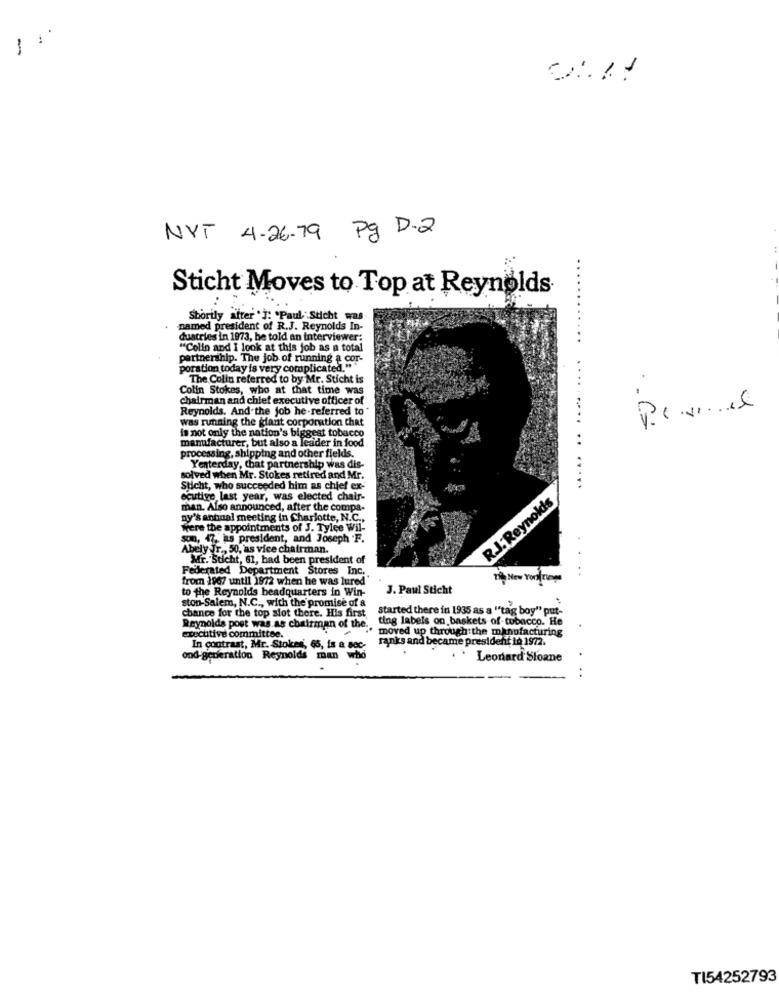
NYT 4-26-79 Pg D-2
Sticht Moves to Top at Reynolds
Shortly after "]: "Paul Sticht was
named president of R.J. Reynolds In-
dustries in 1973, he told an interviewer:
"Colin and I look at this job as a total
partnership. The job of running a cor-
poration today is very complicated.""
The Colin referred to by Mr. Sticht is
Colin Stokes, who at that time was
chairman and chief executive officer of
Reynolds. And the job he-referred to"
was running the giant corporation chat
......
is not only the nation's biggest tobacco
manufacturer, but also a leader in food
processing, shipping and other fields.
Yenterday, chat partnership was dis-
.. ..
solved when Mr. Stokes retired and Mr.
Sticht, who succeeded him as chief ex-
ecutive last year, was elected chair-
R.J. Reynolds
man. Also announced, after the compa-
ny's annual meeting in Charlotte, N.C .,
were the appointments of J. Tylee wil-
son, 47. as president, and Joseph .F.
Abely .r ., 50, as vice chairman.
Mr. "Sticht, 61, had been president of
Federated Department Stores Inc.
from 1907 until 1972 when he was lured
to the Reynolds headquarters in Win-
J. Paul Sticht
ston-Salem, N.C ., with the promise of &
chance for the top slot there. His first
started there in 1935 as a ""tag boy" put-
ting labels on baskets of tobacco. He
Reynolds post was.as chairman of the ..
moved up through the manufacturing
executive committee.
ranks and became president 10 1972.
In contrast, Mr. Stokes, 65, is a sec-
ond-generation Reynolds man who
Leonard Sloane
TI54252793